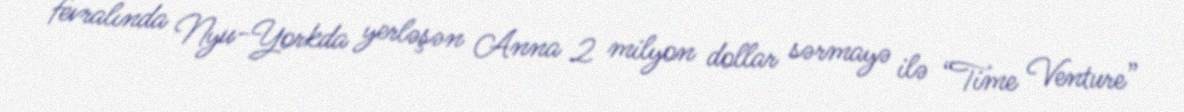
fevralında Nyu-Yorkda yerləşən Anna 2 milyon dollar sərmayə ilə “Time Venture”